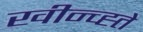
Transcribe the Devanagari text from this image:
खीन्च्ह्ते